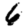
Digit: 6